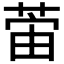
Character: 𫈛